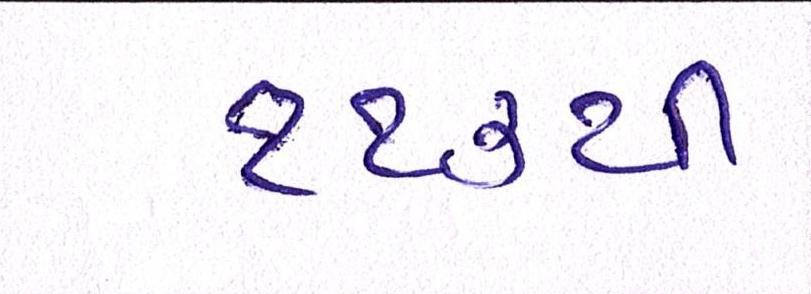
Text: ૧૧૩થી